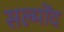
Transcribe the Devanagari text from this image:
सल्मोंद